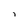
Character: 7